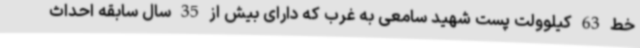
خط 63 کیلوولت پست شهید سامعی به غرب که دارای بیش از 35 سال سابقه احداث